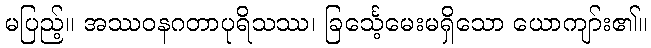
မပြည့်။ အဿဝနဂတာပုရိသဿ၊ ခြင်္သေ့မေးမရှိသော ယောကျာ်း၏။